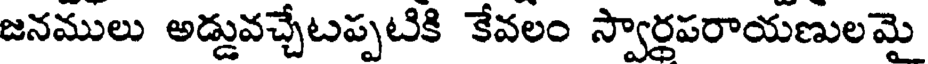
జనములు అడ్డువచ్చేటప్పటికి కేవలం స్వార్రపరాయణులమై